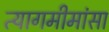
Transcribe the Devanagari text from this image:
त्यागमीमांसा